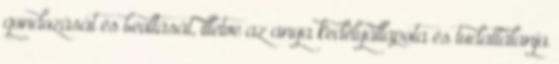
gondozását és beoltását, illetve az anya kedélyállapota és tudattalanja